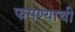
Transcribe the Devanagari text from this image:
फसण्याची